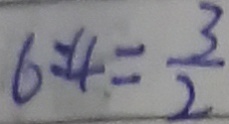
6 : 4 = \frac { 3 } { 2 }